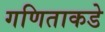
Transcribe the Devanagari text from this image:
गणिताकडे